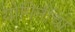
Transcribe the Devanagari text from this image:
योगिनींचा